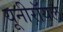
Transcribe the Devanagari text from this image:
यूनीरॉयल